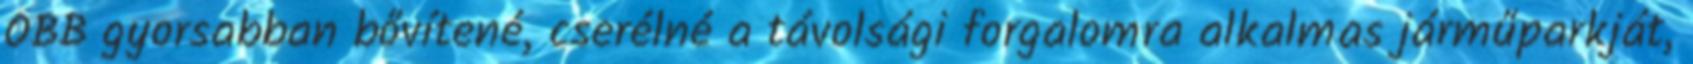
ÖBB gyorsabban bővítené, cserélné a távolsági forgalomra alkalmas járműparkját,